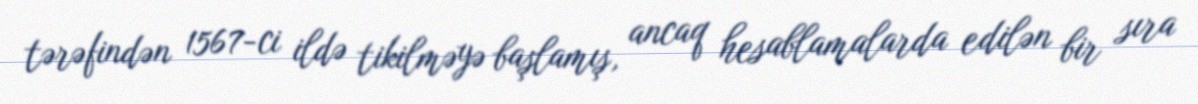
tərəfindən 1567-ci ildə tikilməyə başlamış, ancaq hesablamalarda edilən bir sıra